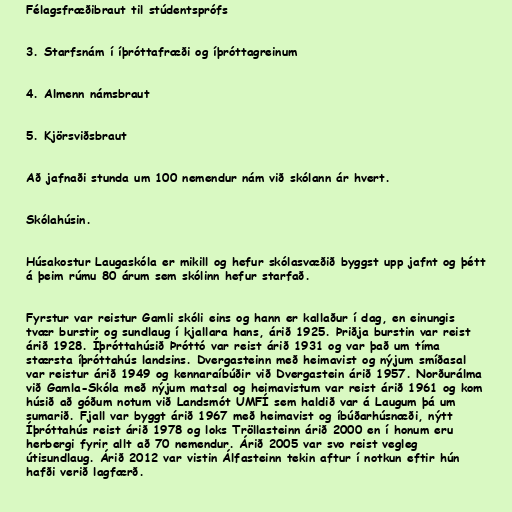
Félagsfræðibraut til stúdentsprófs

3. Starfsnám í íþróttafræði og íþróttagreinum

4. Almenn námsbraut

5. Kjörsviðsbraut

Að jafnaði stunda um 100 nemendur nám við skólann ár hvert.

Skólahúsin.

Húsakostur Laugaskóla er mikill og hefur skólasvæðið byggst upp jafnt og þétt
á þeim rúmu 80 árum sem skólinn hefur starfað.

Fyrstur var reistur Gamli skóli eins og hann er kallaður í dag, en einungis
tvær burstir og sundlaug í kjallara hans, árið 1925. Þriðja burstin var reist
árið 1928. Íþróttahúsið Þróttó var reist árið 1931 og var það um tíma
stærsta íþróttahús landsins. Dvergasteinn með heimavist og nýjum smíðasal
var reistur árið 1949 og kennaraíbúðir við Dvergastein árið 1957. Norðurálma
við Gamla-Skóla með nýjum matsal og heimavistum var reist árið 1961 og kom
húsið að góðum notum við Landsmót UMFÍ sem haldið var á Laugum þá um
sumarið. Fjall var byggt árið 1967 með heimavist og íbúðarhúsnæði, nýtt
Íþróttahús reist árið 1978 og loks Tröllasteinn árið 2000 en í honum eru
herbergi fyrir allt að 70 nemendur. Árið 2005 var svo reist vegleg
útisundlaug. Árið 2012 var vistin Álfasteinn tekin aftur í notkun eftir hún
hafði verið lagfærð.